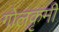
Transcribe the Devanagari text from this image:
गोलकृमी